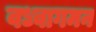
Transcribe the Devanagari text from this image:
वध्वागमन